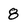
Character: 8